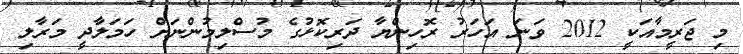
މި ޖަރީމާއަކީ 2012 ވަނަ އަހަރު ރޮހިންޔާ ދަރިކޮޅުގެ މުސްލިމުންނަށް ހަމަލާދީ މަރާލި